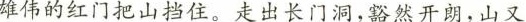
雄伟的红门把山挡住。走出长门洞，豁然开朗，山又